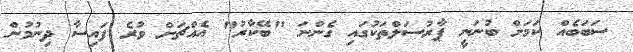
ސަބަބެއް ކަމަށް ބުނަނީ ޕާރުސަލްތަކުގައި ގެންނަ "ބޭކާރު" އެއްޗަށް ވުރެ ފައިސާ ދިނުމުން